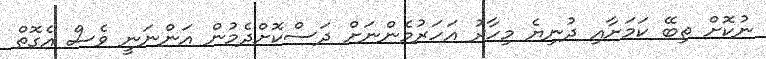
ނުކޮށް ތިބޭ ކަމަށާއި ދުނިޔެ މިހާރު އަހަރުމެންނަށް ދަސްކޮށްދެމުން އަންނަނީ ވެސް އެގޮތް